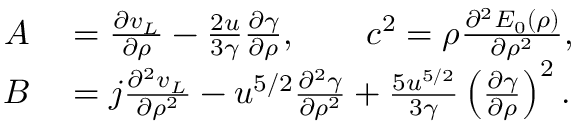
\begin{array} { r l } { A } & { { } = \ensuremath { \frac { \partial v _ { L } } { \partial \rho } } - \frac { 2 u } { 3 \gamma } \ensuremath { \frac { \partial \gamma } { \partial \rho } } , \qquad c ^ { 2 } = \rho \ensuremath { \frac { \partial ^ { 2 } E _ { 0 } ( \rho ) } { \partial \rho ^ { 2 } } } , } \\ { B } & { { } = j \ensuremath { \frac { \partial ^ { 2 } v _ { L } } { \partial \rho ^ { 2 } } } - u ^ { 5 / 2 } \ensuremath { \frac { \partial ^ { 2 } \gamma } { \partial \rho ^ { 2 } } } + \frac { 5 u ^ { 5 / 2 } } { 3 \gamma } \left( \ensuremath { \frac { \partial \gamma } { \partial \rho } } \right) ^ { 2 } . } \end{array}